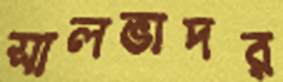
সালভাদর